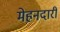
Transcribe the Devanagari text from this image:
मेहनदारी